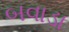
બવાડા